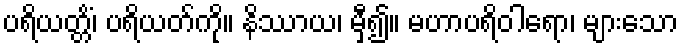
ပရိယတ္တိံ၊ ပရိယတ်ကို။ နိဿာယ၊ မှီ၍။ မဟာပရိဝါရော၊ များသော